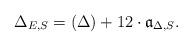
LaTeX: \begin{align*}\Delta_{E,S}=(\Delta)+12\cdot{\mathfrak{a}_{\Delta,S}}.\end{align*}